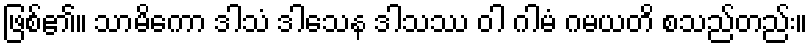
ဖြစ်၏။ သာမိကော ဒါသံ ဒါသေန ဒါသဿ ဝါ ဂါမံ ဂမယတိ စသည်တည်း။